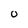
Character: O